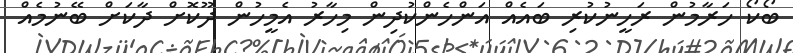
ބޯކޯ ހަރާމުން ރަހީނުކުރި ބައެއް އަންހެންކުދިން މިހާރު އެމީހުން ދޫކޮށް ދާކަށް ބޭނުމެއް